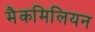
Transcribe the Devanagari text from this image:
मैकमिलियन